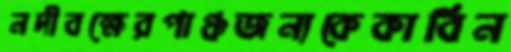
নদীবক্ষেরপাঞ্চজন্যকেকাবিন